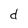
Character: d